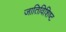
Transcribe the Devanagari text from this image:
जातिविशिष्ट